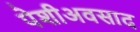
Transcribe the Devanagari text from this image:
पेशीअवसाद